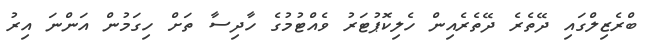
ބްރެޒިލްގައި ދޭތެރެ ދޭތެރެއިން ހެލިކޮޕުޓަރު ވެއްޓުމުގެ ހާދިސާ ތަށް ހިގަމުން އަންނަ އިރު